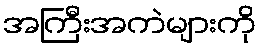
အကြီးအကဲများကို